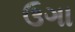
ઉગા